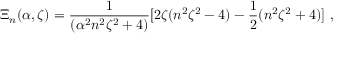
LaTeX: \Xi _ { n } ( \alpha , \zeta ) = \frac { 1 } { ( \alpha ^ { 2 } n ^ { 2 } \zeta ^ { 2 } + 4 ) } [ 2 \zeta ( n ^ { 2 } \zeta ^ { 2 } - 4 ) - \frac { 1 } { 2 } ( n ^ { 2 } \zeta ^ { 2 } + 4 ) ] \ ,